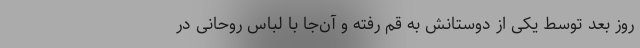
روز بعد توسط یکی از دوستانش به قم رفته و آن‌جا با لباس روحانی در